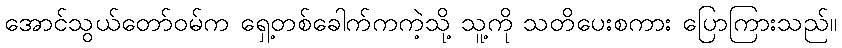
အောင်သွယ်တော်ဝမ်က ရှေ့တစ်ခေါက်ကကဲ့သို့ သူ့ကို သတိပေးစကား ပြောကြားသည်။